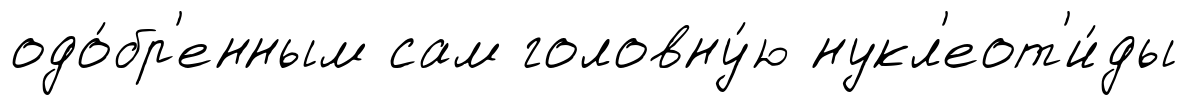
одо́бр'енным сам головну́ю нукл'еот'и́ды